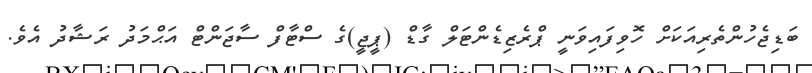
ބަޑިޖެހުންތެރިއަކަށް ހޮވިފައިވަނީ ޕްރެޒިޑެންޓަލް ގާޑް (ޕީޖީ)ގެ ސްޓާފް ސާޖަންޓް އަޙްމަދު ރަޝާދު އެވެ.